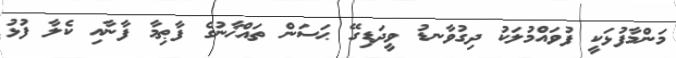
މަންމާފުޅަކީ ފުވައްމުލަކު ދިގުވާނޑު ވީދަޑިގޭ ޙަސަން ތައްޚާނުގެ ފާޠިމާ ފާނާއި ކެލާ ފުޅު